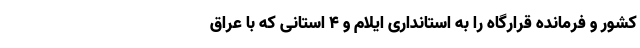
کشور و فرمانده قرارگاه را به استانداری ایلام و ۴ استانی که با عراق